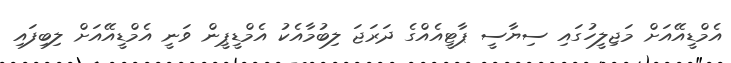
އެމްޑީއޭއަށް މަޖިލީހުގައި ސިޔާސީ ޕާޓީއެއްގެ ދަރަޖަ ލިބުމާއެކު އެމްޑީޕީން ވަނީ އެމްޑީއޭއަށް ލިބިފައި